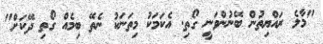
"މާލެ ރައްޔިތުން ބޭނުންވަނީ ގޯތި. އެކަމަކު މިތަނަކު ނެތޭ ބިމެއް ގޯތި ދޭކަށް"